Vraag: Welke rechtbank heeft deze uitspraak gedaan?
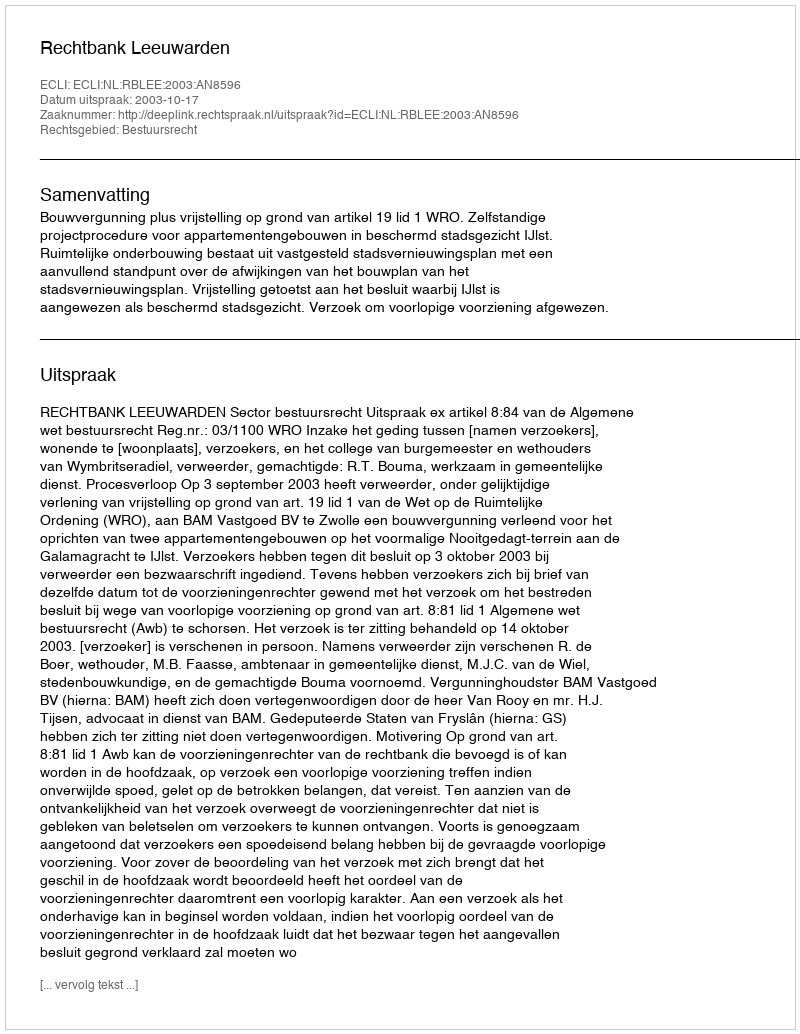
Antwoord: Rechtbank Leeuwarden